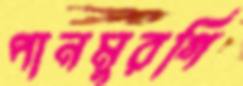
পানমুরগি